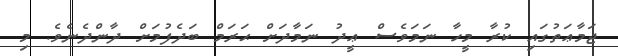
ޖަމާޢަތުގައި ކުރާ މީހާ ނަމަވެސް ޢީދު ނަމާދަށް ޙަރަމް ބަދެފުމަށް ދާންދެނެވެ. މި